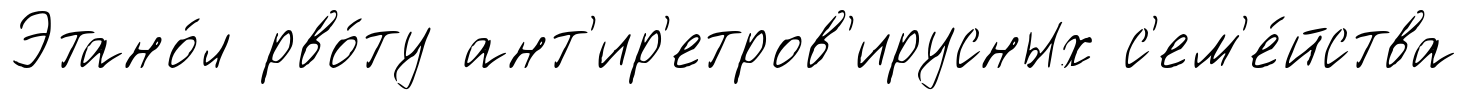
Этано́л рво́ту ант'ир'етров'ирусных с'ем'е́йства